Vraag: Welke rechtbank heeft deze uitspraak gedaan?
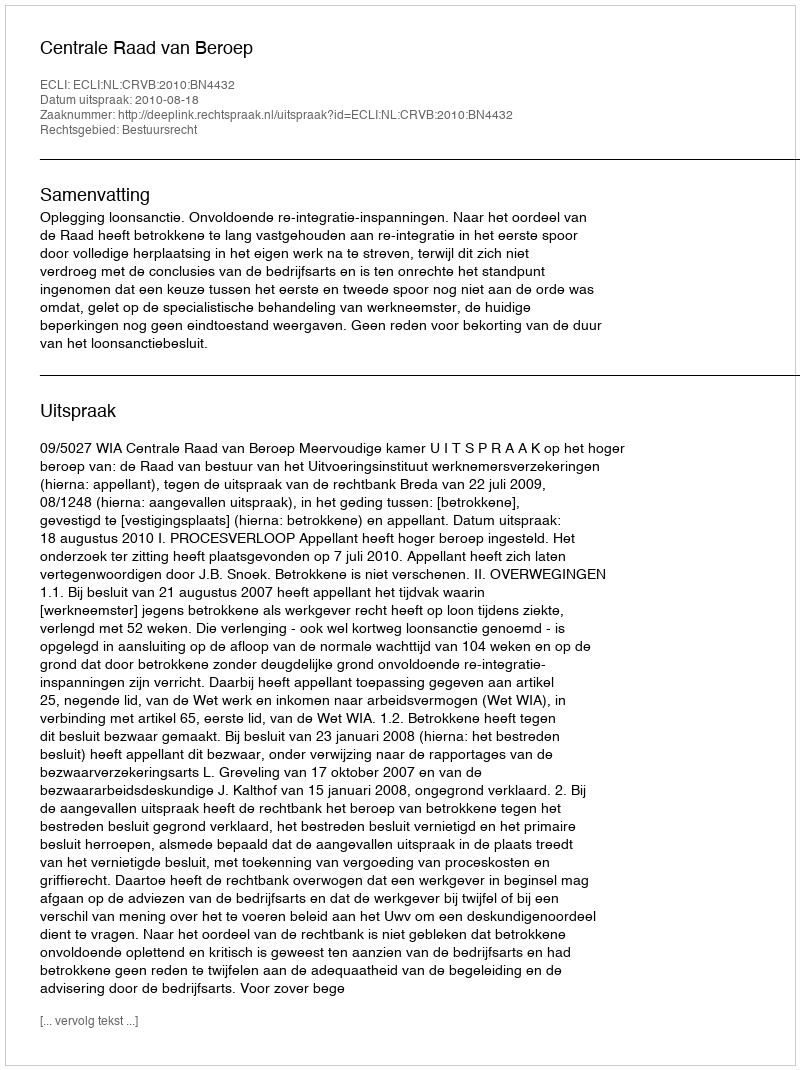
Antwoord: Centrale Raad van Beroep